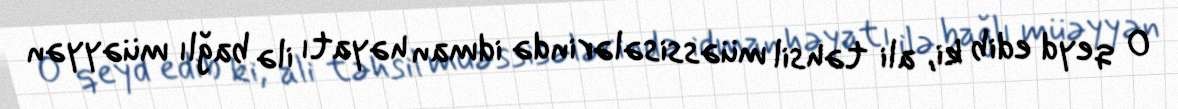
O qeyd edib ki, ali təhsil müəssisələrində idman həyatı ilə bağlı müəyyən